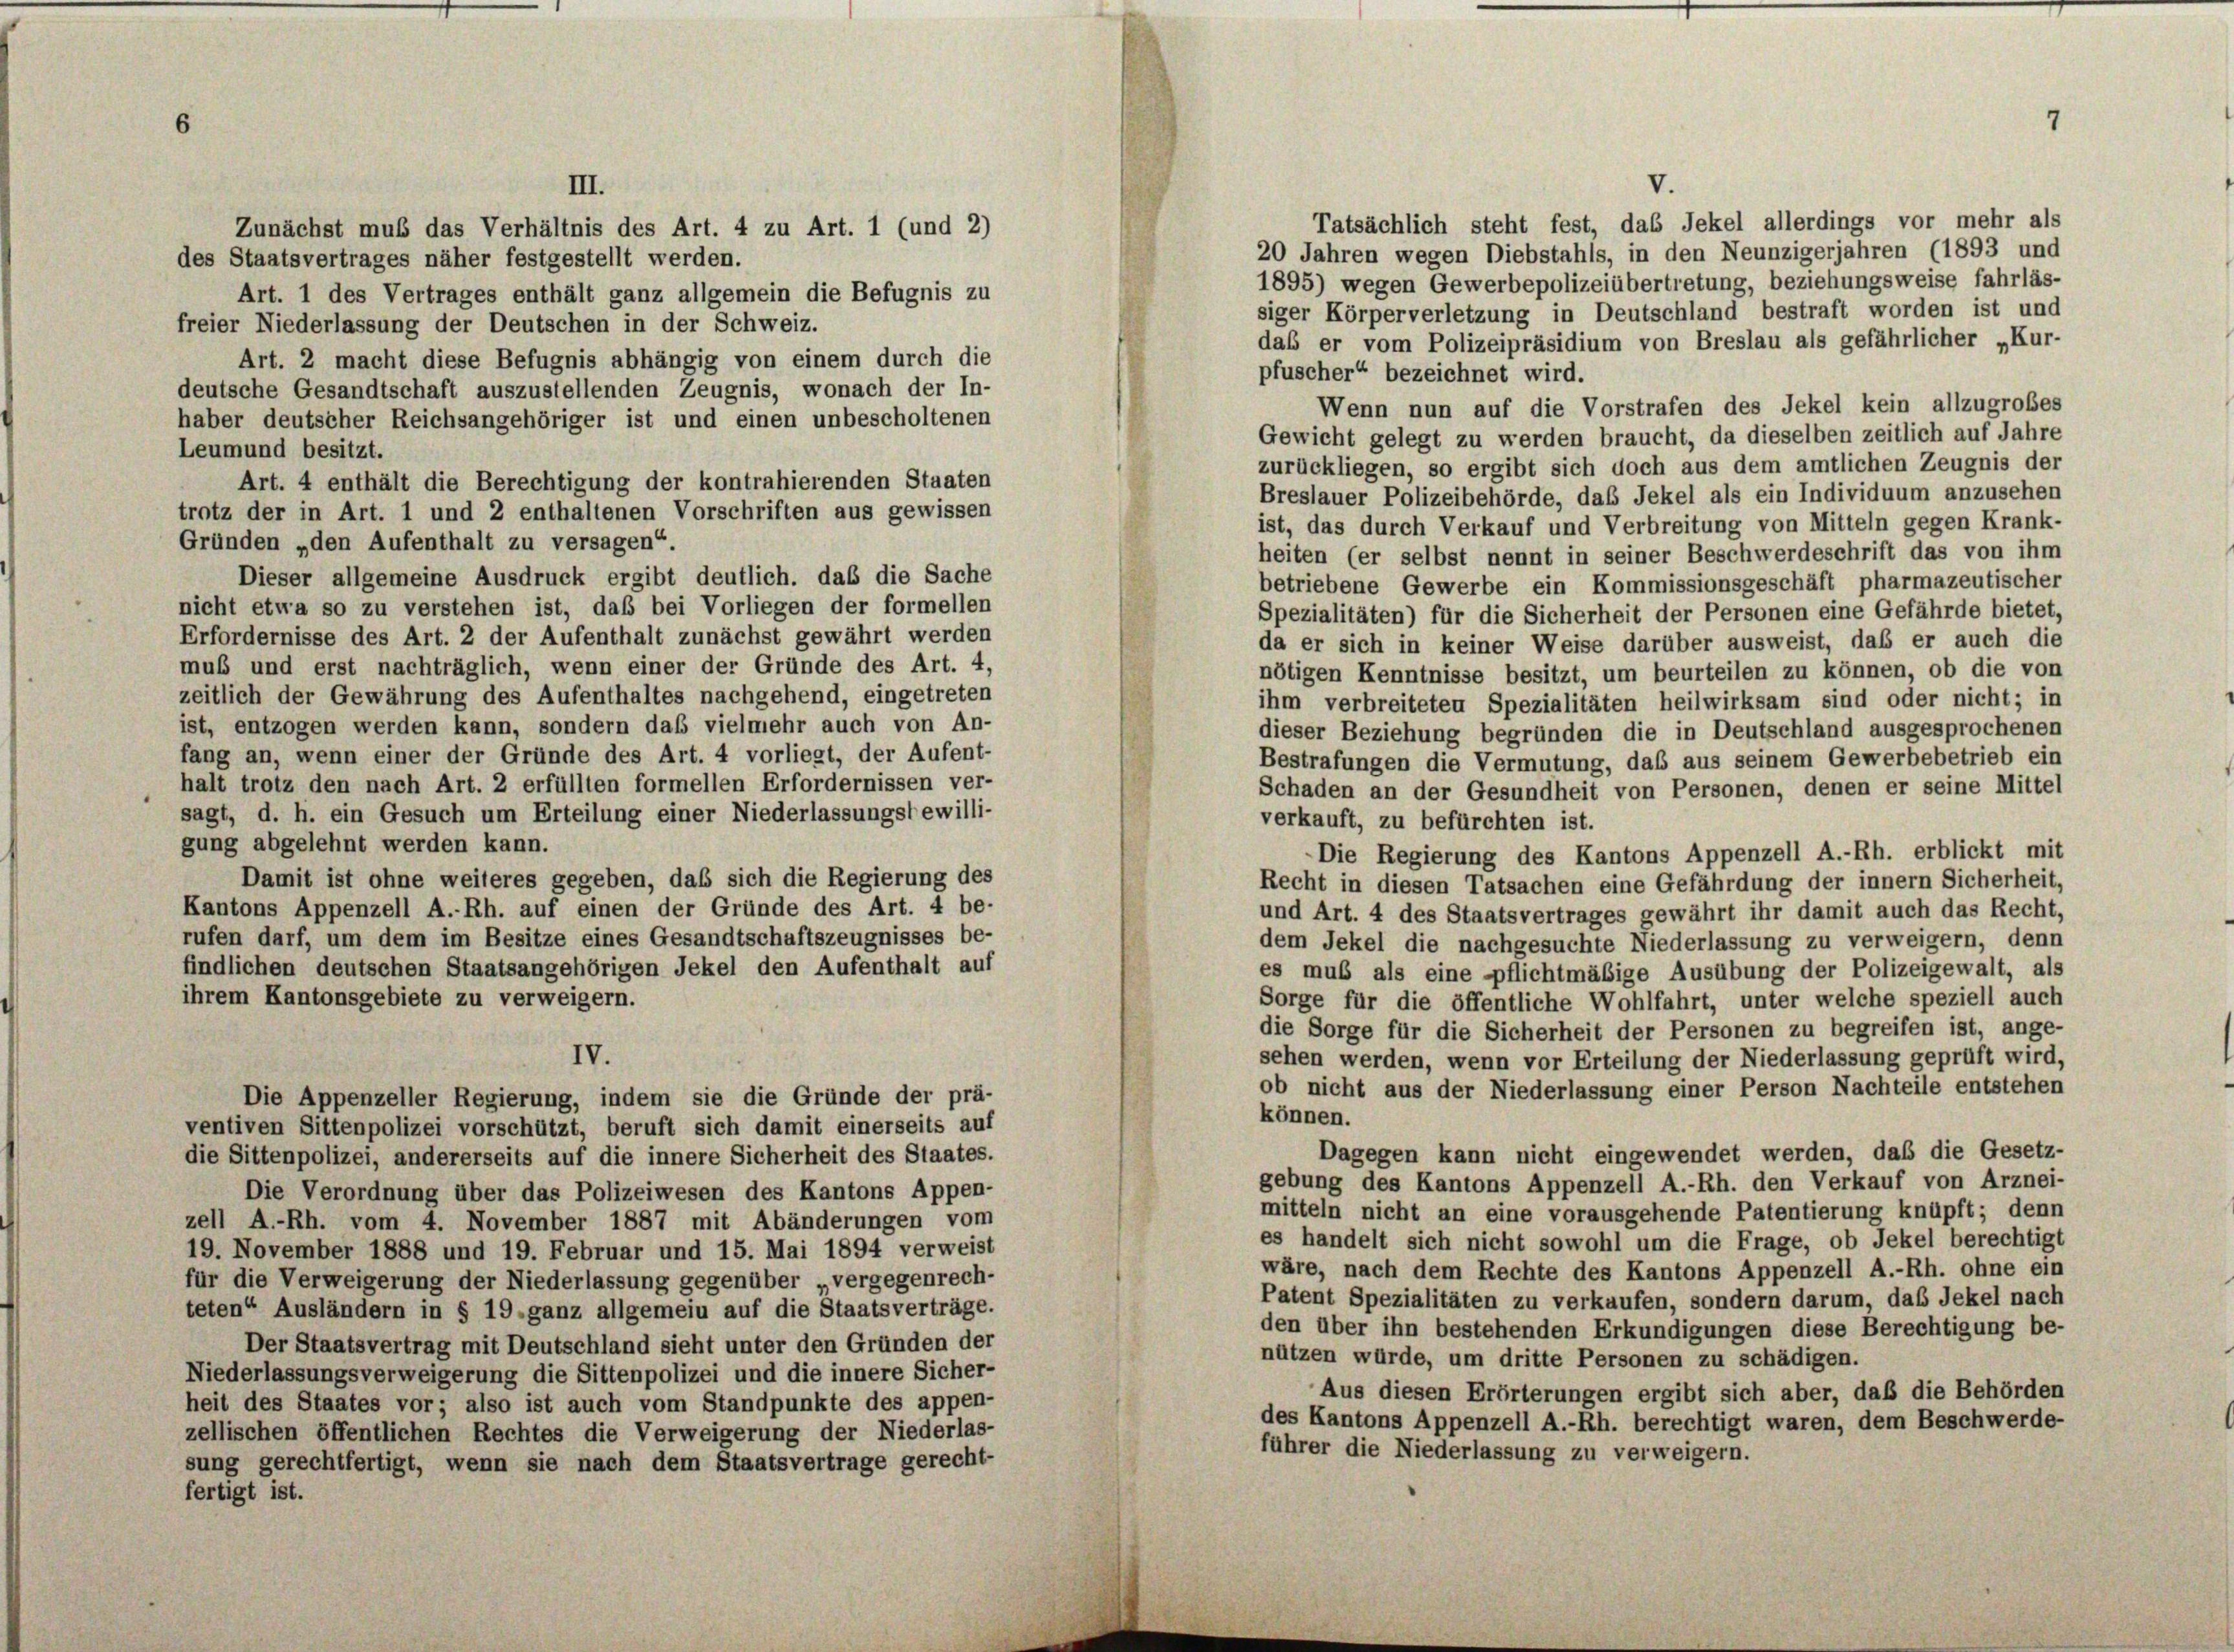
Tatsächlich steht fest, das Jekel allerdings vor mehr als
Zunächst muß das Verhältnis des Art. 4 zu Art. 1 (und 2)
20 Jahren wegen Diebstahls, in den Neunzigerjahren (1893 und
des Staatsvertrages näher festgestellt werden.
1895) wegen Gewerbepolizeiübertretung, beziehungsweise fahrläs-
Art. 1 des Vertrages enthält ganz allgemein die Befugnis zu
siger Körperverletzung in Deutschland bestraft worden ist und
freier Niederlassung der Deutschen in der Schweiz.
das er vom Polizeipräsidium von Breslau als gefährlicher „Kur-
Art. 2 macht diese Befugnis abhängig von einem durch die
pfuscher“ bezeichnet wird.
deutsche Gesandtschaft auszustellenden Zeugnis, wonach der In-
Wenn nun auf die Vorstrafen des Jekel kein allzugroßes
haber deutscher Reichsangehöriger ist und einen unbescholtenen
Gewicht gelegt zu werden braucht, da dieselben zeitlich auf Jahre
Leumund besitzt.
zurückliegen, so ergibt sich doch aus dem amtlichen Zeugnis der
Art. 4 enthält die Berechtigung der kontrahierenden Staaten
Breslauer Polizeibehörde, das Jekel als ein Individuum anzusehen
trotz der in Art. 1 und 2 enthaltenen Vorschriften aus gewissen
ist, das durch Verkauf und Verbreitung von Mitteln gegen Krank-
Gründen „den Aufenthalt zu versagen“
heiten (er selbst nennt in seiner Beschwerdeschrift das von ihm
Dieser allgemeine Ausdruck ergibt deutlich, das die Sache
betriebene Gewerbe ein Kommissionsgeschäft pharmazeutischer
nicht etwa so zu verstehen ist, daß bei Vorliegen der formellen
Spezialitäten) für die Sicherheit der Personen eine Gefährde bietet,
Erfordernisse des Art. 2 der Aufenthalt zunächst gewährt werden
da er sich in keiner Weise darüber ausweist, daß er auch die
muß und erst nachträglich, wenn einer der Gründe des Art. 4,
nötigen Kenntnisse besitzt, um beurteilen zu können, ob die von
zeitlich der Gewährung des Aufenthaltes nachgehend, eingetreten
ihm verbreiteten Spezialitäten heilwirksam sind oder nicht; in
ist, entzogen werden kann, sondern das vielmehr auch von An-
dieser Beziehung begründen die in Deutschland ausgesprochenen
fang an, wenn einer der Gründe des Art. 4 vorliegt, der Aufent-
Bestrafungen die Vermutung, daß aus seinem Gewerbebetrieb ein
halt trotz den nach Art. 2 erfüllten formellen Erfordernissen ver-
Schaden an der Gesundheit von Personen, denen er seine Mittel
sagt, d. h. ein Gesuch um Erteilung einer Niederlassungsbewilli-
verkauft, zu befürchten ist.
gung abgelehnt werden kann.
Die Regierung des Kantons Appenzell A.-Rh. erblickt mit
Damit ist ohne weiteres gegeben, das sich die Regierung des
Recht in diesen Tatsachen eine Gefährdung der innern Sicherheit,
Kantons Appenzell A.-Rh. auf einen der Gründe des Art. 4 be-
und Art. 4 des Staatsvertrages gewährt ihr damit auch das Recht,
rufen darf, um dem im Besitze eines Gesandtschaftszeugnisses be-
dem Jekel die nachgesuchte Niederlassung zu verweigern, denn
findlichen deutschen Staatsangehörigen Jekel den Aufenthalt auf
es muß als eine pflichtmäßige Ausübung der Polizeigewalt, als
ihrem Kantonsgebiete zu verweigern.
Sorge für die öffentliche Wohlfahrt, unter welche speziell auch
die Sorge für die Sicherheit der Personen zu begreifen ist, ange-
IV.
sehen werden, wenn vor Erteilung der Niederlassung geprüft wird,
ob nicht aus der Niederlassung einer Person Nachteile entstehen
Die Appenzeller Regierung, indem sie die Gründe der prä-
können.
ventiven Sittenpolizei vorschützt, beruft sich damit einerseits auf
Dagegen kann nicht eingewendet werden, daß die Gesetz-
die Sittenpolizei, andererseits auf die innere Sicherheit des Staates.
gebung des Kantons Appenzell A.-Rh. den Verkauf von Arznei-
Die Verordnung über das Polizeiwesen des Kantons Appen-
mitteln nicht an eine vorausgehende Patentierung knüpft; denn
zell A.-Rh. vom 4. November 1887 mit Abänderungen vom
es handelt sich nicht sowohl um die Frage, ob Jekel berechtigt
19. November 1888 und 19. Februar und 15. Mai 1894 verweist
wäre, nach dem Rechte des Kantons Appenzell A.-Rh. ohne ein
für die Verweigerung der Niederlassung gegenüber „vergegenrech-
Patent Spezialitäten zu verkaufen, sondern darum, daß Jekel nach
teten“ Ausländern in § 19 ganz allgemein auf die Staatsverträge.
den über ihn bestehenden Erkundigungen diese Berechtigung be-
Der Staatsvertrag mit Deutschland sieht unter den Gründen der
nützen würde, um dritte Personen zu schädigen.
Niederlassungsverweigerung die Sittenpolizei und die innere Sicher-
Aus diesen Erörterungen ergibt sich aber, daß die Behörden
heit des Staates vor; also ist auch vom Standpunkte des appen-
des Kantons Appenzell A.-Rh. berechtigt waren, dem Beschwerde-
zellischen öffentlichen Rechtes die Verweigerung der Niederlas-
führer die Niederlassung zu verweigern.
sung gerechtfertigt, wenn sie nach dem Staatsvertrage gerecht-
fertigt ist.

V.